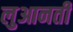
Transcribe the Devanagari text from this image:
लुआनती